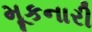
મૂકનારી